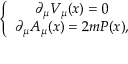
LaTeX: \left\{ \begin{array} { c } { { \partial _ { \mu } V _ { \mu } ( x ) = 0 } } \\ { { \partial _ { \mu } A _ { \mu } ( x ) = 2 m P ( x ) , } } \end{array} \right.